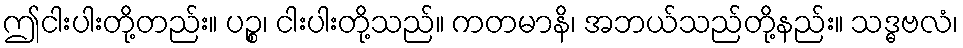
ဤငါးပါးတို့တည်း။ ပဉ္စ၊ ငါးပါးတို့သည်။ ကတမာနိ၊ အဘယ်သည်တို့နည်း။ သဒ္ဓဗလံ၊